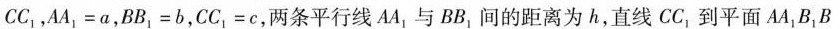
CC_{1}，$$A A_{ 1 } = a$$，$$B B_{ 1 } = b$$，$$C C_{ 1 } = c$$，两条平行线AA_{1}与BB_{1}间的距离为h，直线CC_{1}到平面AA_{1}B_{1}B